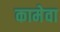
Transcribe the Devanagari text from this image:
कामेवा